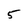
Character: 5